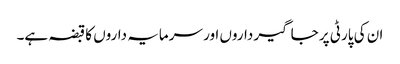
ان کی پارٹی پر جاگیر داروں اور سرمایہ داروں کا قبضہ ہے۔